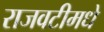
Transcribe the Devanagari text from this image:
राजवटीमधे